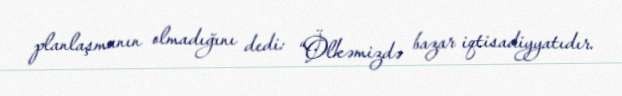
planlaşmanın olmadığını dedi: “Ölkəmizdə bazar iqtisadiyyatıdır.